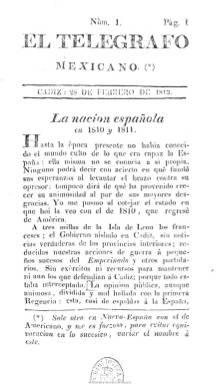
Título: El Telégrafo mexicano
Otros títulos: El Telégrafo megicano || El Telégrafo megicano (Madrid)
Colección: Periódicos anteriores a 1850
Ámbito geográfico: Cádiz
Lugar de publicación: Cádiz
Fechas: 28/02/1813-15/11/1821

Puede considerarse como continuador del semanario El telégrafo americano (1811-1812), que el periodista leonés y escritor americanista Juan López Cancelada edita y redacta también en Cádiz, a donde había llegado desterrado después de su aventura americana tras haber dirigido Gazeta de México. Quizá cambió “americano” por “mexicano”, en cuanto que en Nueva España se editaba entonces un periódico con la primera de las cabeceras citadas, a lo que se añadía el hecho de que la mayoría de los ejemplares de su proyecto periodístico gaditano se vendía en territorio americano.

Con una periodicidad mensual, su extensa paginación, en torno al medio centenar de páginas por número, le hace ser más parecido a una revista especializada tal como la concebimos hoy. Dedicado casi en exclusiva a contenidos americanistas y su relación con la potencia colonial española y también con Europa, inserta amplios artículos de política, historia, economía, sociología o militares, algunas veces en forma de correspondencia o cartas, así como manifiestos, proclamas, oficios, avisos y noticias. Desde sus páginas, López Cancelada continúa defendiendo el dominio español de sus colonias y será un vocero radical de la posición metropolitana contra sectores de “criollos” y representantes institucionales de la Corona española a los que se había enfrentado. Así, por ejemplo, expondrá que los pocos beneficios que producían las ventas de Nueva España a la Corona española, favorecía a Inglaterra, además de “poner al descubierto” a los diputados americanos en las Cortes gaditanas.

Aún así, se trata de una publicación de tendencia liberal, saliendo sus tres primeros números de la Imprenta del Estado Mayor General de la Isla de León, por lo que incluso podría considerarse “ministerial”, un término que nació precisamente entonces, y el resto de la gaditana Imprenta Patriótica, a cargo de D.R. Vergés. En total fueron estampados siete números, desde el 28 de febrero al 31 de agosto de 1813, así como suplementos a los números 1, 4 y 5, a los que hay que sumar otro suplemento redactado por el diputado José Mejía, que debió salir en el mes de octubre de ese año, tras el fallecimiento de este. La colección constaría de 393 páginas.

Entre el uno de septiembre y el 15 de noviembre de 1821, esta vez con frecuencia quincenal, López Cancelada editará una “segunda época” de este periódico, cambiando en la cabecera la grafía “mexicano” por “megicano”, con características similares a su anterior época gaditana, editándolo esta vez en Madrid y estampándolo en la imprenta que fue de Fuentenebro. En esta ocasión lo hace para poner de manifiesto los problemas que la Constitución había producido en la independencia de las colonias españolas en América, pero desde una posición constitucionalista, tal como pone de relieve Paniagua Pérez en su estudio a la edición facsímil de El telégrafo americano.